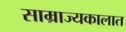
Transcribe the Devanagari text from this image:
साम्राज्यकालात